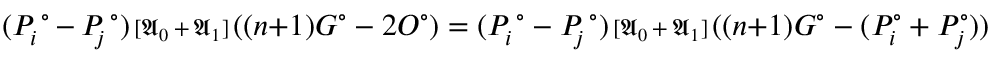
( P _ { i } ^ { \; \circ } { \, - \, } P _ { \! j } ^ { \; \circ } ) { \scriptstyle { \, [ \mathfrak { A } _ { 0 } { \, + \, } \mathfrak { A } _ { 1 } ] \, } } ( ( n { + } 1 ) G ^ { \circ } - 2 O ^ { \circ } ) = ( P _ { i } ^ { \; \circ } - P _ { \! j } ^ { \; \circ } ) { \scriptstyle { \, [ \mathfrak { A } _ { 0 } { \, + \, } \mathfrak { A } _ { 1 } ] \, } } ( ( n { + } 1 ) G ^ { \circ } - ( P _ { i } ^ { \circ } + P _ { j } ^ { \circ } ) )